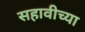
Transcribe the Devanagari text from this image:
सहावीच्या